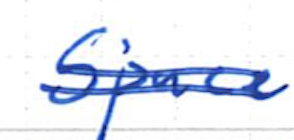
Text: Space
Cross-out: double-line
Writing tool: ballpoint